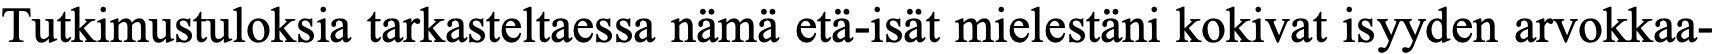
Tutkimustuloksia tarkasteltaessa nämä etä-isät mielestäni kokivat isyyden arvokkaa-